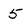
Character: 5